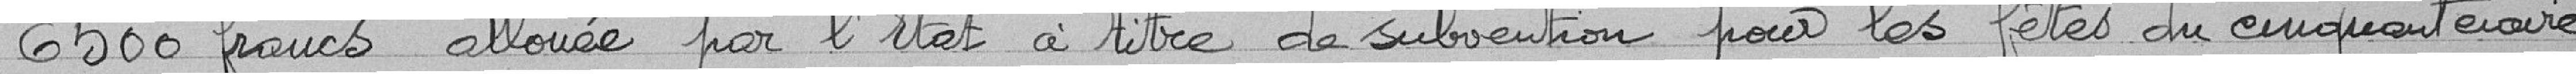
6500 francs allouée par l'Etat à titre de subvention pour les fêtes du cinquantenaire